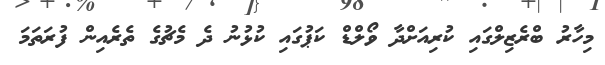
މިހާރު ބްރެޒިލްގައި ކުރިއަށްދާ ވޯލްޑް ކަޕުގައި ކުޅުނު ދެ މެޗުގެ ތެރެއިން ފުރަތަމަ